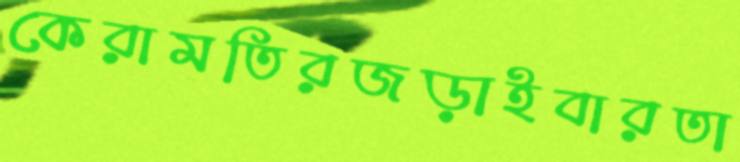
কেরামতিরজড়াইবারতা